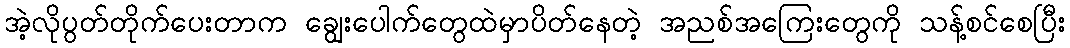
အဲ့လိုပွတ်တိုက်ပေးတာက ချွေးပေါက်တွေထဲမှာပိတ်နေတဲ့ အညစ်အကြေးတွေကို သန့်စင်စေပြီး